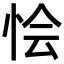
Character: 𢙓